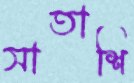
সাতাশি